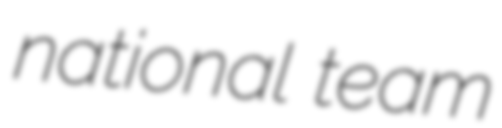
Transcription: national team